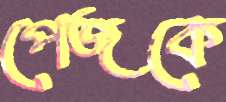
পেজকে